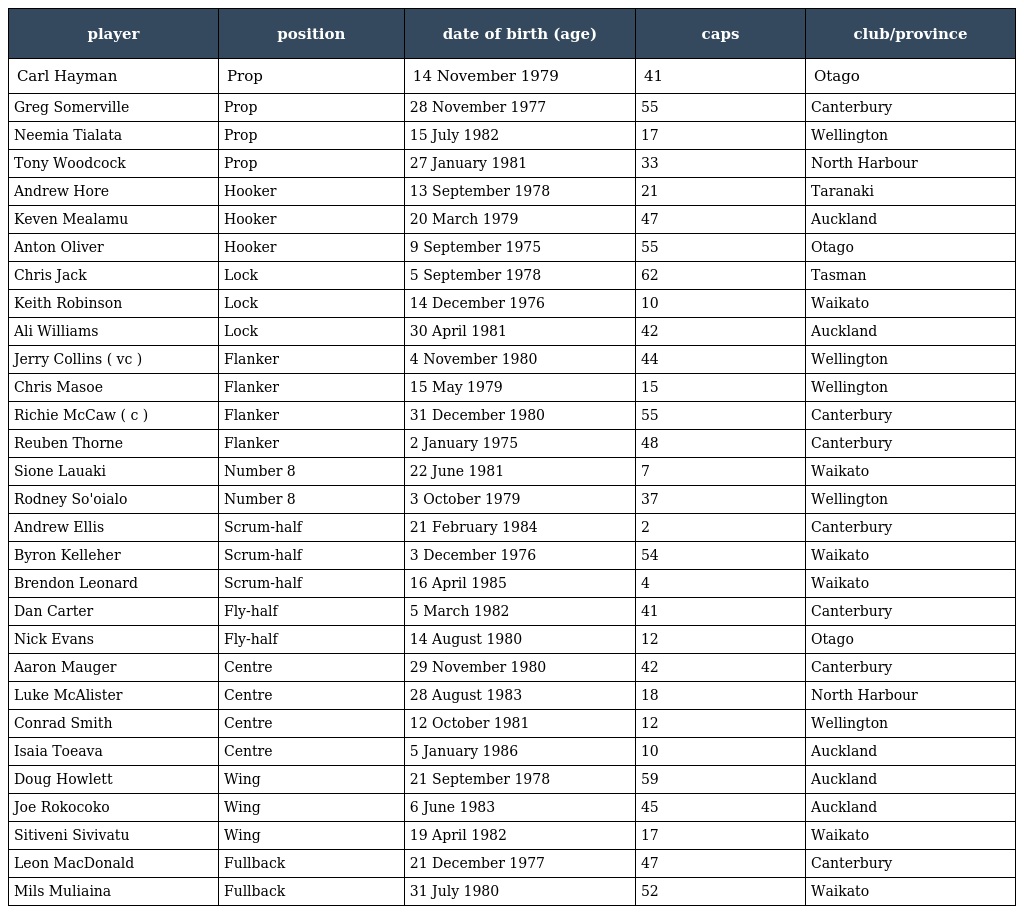
| player | position | date of birth (age) | caps | club/province |
 | --- | --- | --- | --- | --- |
 | Carl Hayman | Prop | 14 November 1979 | 41 | Otago |
 | Greg Somerville | Prop | 28 November 1977 | 55 | Canterbury |
 | Neemia Tialata | Prop | 15 July 1982 | 17 | Wellington |
 | Tony Woodcock | Prop | 27 January 1981 | 33 | North Harbour |
 | Andrew Hore | Hooker | 13 September 1978 | 21 | Taranaki |
 | Keven Mealamu | Hooker | 20 March 1979 | 47 | Auckland |
 | Anton Oliver | Hooker | 9 September 1975 | 55 | Otago |
 | Chris Jack | Lock | 5 September 1978 | 62 | Tasman |
 | Keith Robinson | Lock | 14 December 1976 | 10 | Waikato |
 | Ali Williams | Lock | 30 April 1981 | 42 | Auckland |
 | Jerry Collins ( vc ) | Flanker | 4 November 1980 | 44 | Wellington |
 | Chris Masoe | Flanker | 15 May 1979 | 15 | Wellington |
 | Richie McCaw ( c ) | Flanker | 31 December 1980 | 55 | Canterbury |
 | Reuben Thorne | Flanker | 2 January 1975 | 48 | Canterbury |
 | Sione Lauaki | Number 8 | 22 June 1981 | 7 | Waikato |
 | Rodney So'oialo | Number 8 | 3 October 1979 | 37 | Wellington |
 | Andrew Ellis | Scrum-half | 21 February 1984 | 2 | Canterbury |
 | Byron Kelleher | Scrum-half | 3 December 1976 | 54 | Waikato |
 | Brendon Leonard | Scrum-half | 16 April 1985 | 4 | Waikato |
 | Dan Carter | Fly-half | 5 March 1982 | 41 | Canterbury |
 | Nick Evans | Fly-half | 14 August 1980 | 12 | Otago |
 | Aaron Mauger | Centre | 29 November 1980 | 42 | Canterbury |
 | Luke McAlister | Centre | 28 August 1983 | 18 | North Harbour |
 | Conrad Smith | Centre | 12 October 1981 | 12 | Wellington |
 | Isaia Toeava | Centre | 5 January 1986 | 10 | Auckland |
 | Doug Howlett | Wing | 21 September 1978 | 59 | Auckland |
 | Joe Rokocoko | Wing | 6 June 1983 | 45 | Auckland |
 | Sitiveni Sivivatu | Wing | 19 April 1982 | 17 | Waikato |
 | Leon MacDonald | Fullback | 21 December 1977 | 47 | Canterbury |
 | Mils Muliaina | Fullback | 31 July 1980 | 52 | Waikato |